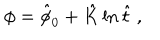
LaTeX: \phi = \hat { \phi } _ { 0 } + \hat { K } \ln \hat { t } \ ,